King Institute of Preventive Medicine Micro-Biological Section reports 1909-11
Year: 1909
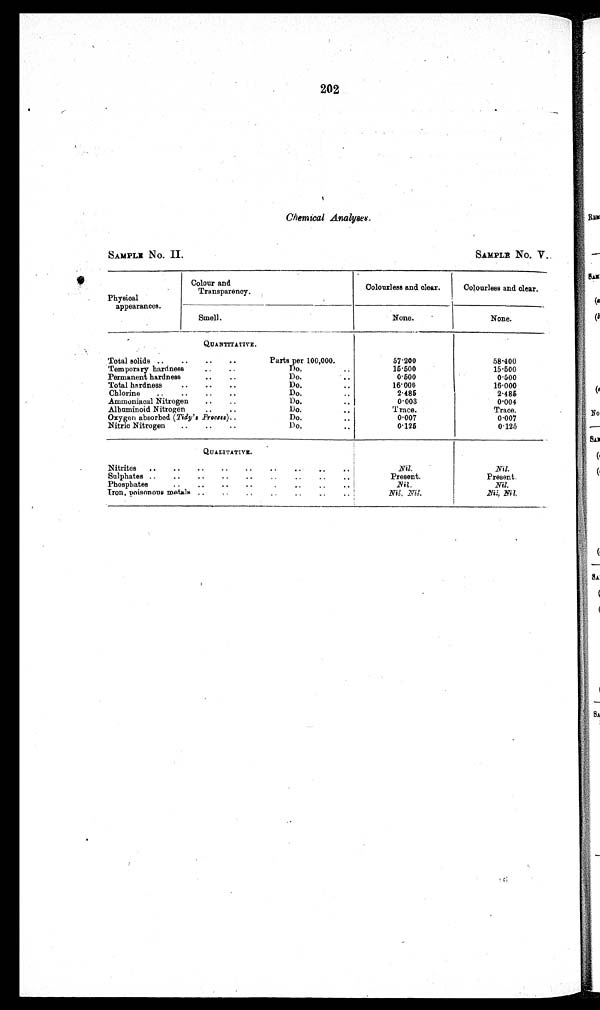
202
Chemical Analyses.
SAMPLE No. II.
SAMPLE No. V.
Physical
appearances.
Colour and
Transparency.
Colourless and clear.
Colourless and clear.
Smell.
None.
None.
QUANTITATIVE.
Total solids ..
..
..
..
Parts per 100,000.
57.200
5 8 . 4 0 0
Temporary hardness
..
..
Do.
15.500
15.500
Permanent hardness
.... ..
Do.
0.500
0.500
Total hardness
..
..
..
Do.
16.000
16.000
Chlorine ..
..
..
Do.
2 . 4 8 5
2 . 4 8 5
Ammoniacal Nitrogen ..
..
Do.
0.003
0.004
Albuminoid Nitrogen
..
..
Do.
Trace.
Trace.
Oxygen absorbed ( Tidy's Process)..
Do.
0.007
0.007
Do.
0 . 1 2 5
0.125
Nitric Nitrogen ..
..
..
QUALITATIVE.
Nitrites ..
..
..
..
..
... .. ..
Nil.
Nil.
Sulphates ..
..
..
..
..
••
..
Present.
Present.
Phosphates
..
..
..
.•
.
..
.
..
..
i
Nil.
Nil.
Iron, poisonous metals ..
..
..
Ni l , Ni l .
N i l , N i l .